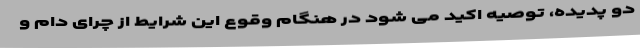
دو پدیده، توصیه اکید می شود در هنگام وقوع این شرایط از چرای دام و